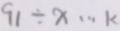
9 1 \div x \cdots k